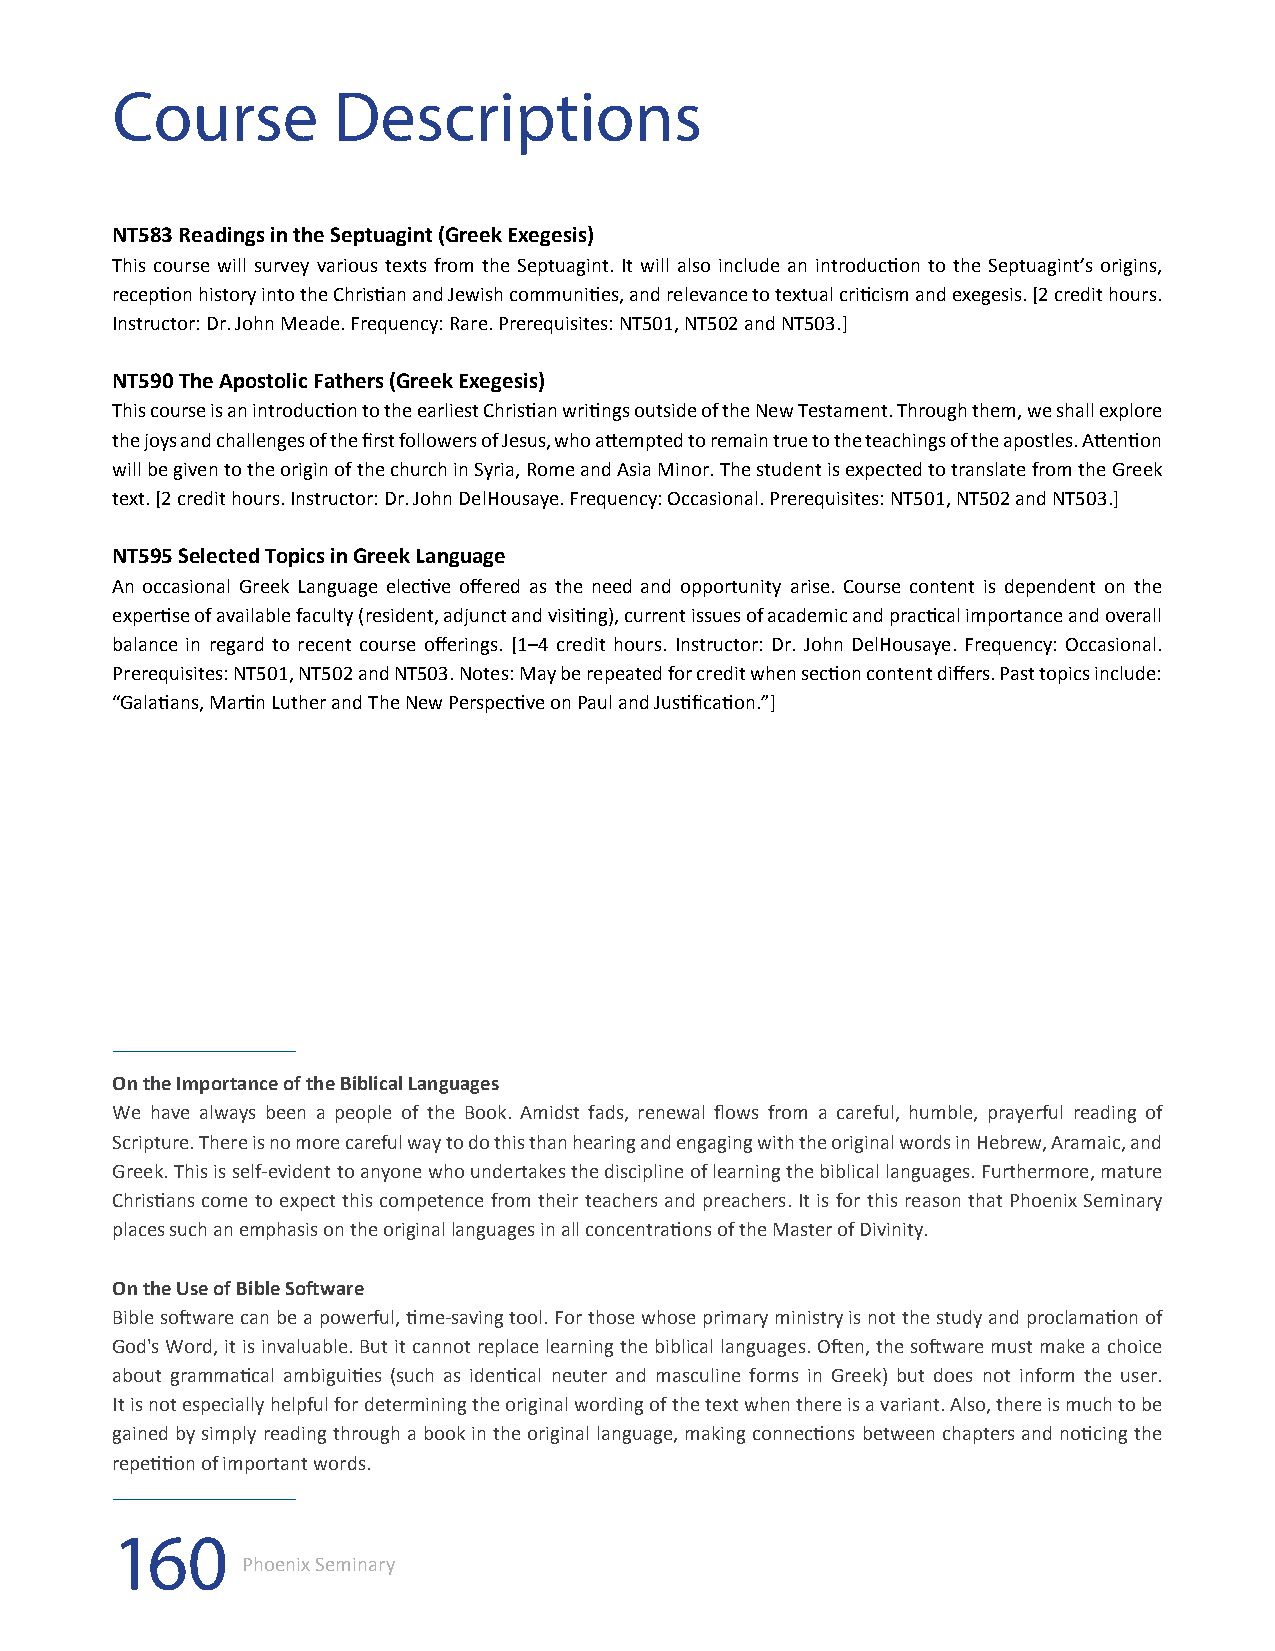
Course         Descriptions
 NT583 Readings in the Septuagint (Greek Exegesis)
 This course will survey various texts from the Septuagint. It will also include an introduction to the Septuagint’s origins,
 reception history into the Christian and Jewish communities, and relevance to textual criticism and exegesis. [2 credit hours.
 Instructor: Dr. John Meade. Frequency: Rare. Prerequisites: NT501, NT502 and NT503.]
 NT590 The Apostolic Fathers (Greek Exegesis)
 This course is an introduction to the earliest Christian writings outside of the New Testament. Through them, we shall explore
 the joys and challenges of the first followers of Jesus, who attempted to remain true to the teachings of the apostles. Attention
 will be given to the origin of the church in Syria, Rome and Asia Minor. The student is expected to translate from the Greek
 text. [2 credit hours. Instructor: Dr. John DelHousaye. Frequency: Occasional. Prerequisites: NT501, NT502 and NT503.]
 NT595 Selected Topics in Greek Language
 An occasional Greek Language elective offered as the need and opportunity arise. Course content is dependent on the
 expertise of available faculty (resident, adjunct and visiting), current issues of academic and practical importance and overall
 balance in regard to recent course offerings. [1–4 credit hours. Instructor: Dr. John DelHousaye. Frequency: Occasional.
 Prerequisites: NT501, NT502 and NT503. Notes: May be repeated for credit when section content differs. Past topics include:
 “Galatians, Martin Luther and The New Perspective on Paul and Justification.”]
 On the Importance of the Biblical Languages
 We have always been a people of the Book. Amidst fads, renewal flows from a careful, humble, prayerful reading of
 Scripture. There is no more careful way to do this than hearing and engaging with the original words in Hebrew, Aramaic, and
 Greek. This is self-evident to anyone who undertakes the discipline of learning the biblical languages. Furthermore, mature
 Christians come to expect this competence from their teachers and preachers. It is for this reason that Phoenix Seminary
 places such an emphasis on the original languages in all concentrations of the Master of Divinity.
 On the Use of Bible Software
 Bible software can be a powerful, time-saving tool. For those whose primary ministry is not the study and proclamation of
 God's Word, it is invaluable. But it cannot replace learning the biblical languages. Often, the software must make a choice
 about grammatical ambiguities (such as identical neuter and masculine forms in Greek) but does not inform the user.
 It is not especially helpful for determining the original wording of the text when there is a variant. Also, there is much to be
 gained by simply reading through a book in the original language, making connections between chapters and noticing the
 repetition of important words.
 160
 Phoenix Seminary